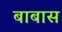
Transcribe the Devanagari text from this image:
बाबास